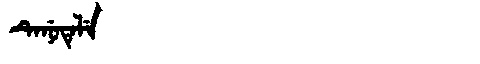
Manchu: ᡨᡝᠨᡠᡨᡝᠯᡝ
Romanization: TENUTELE